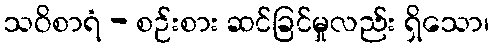
သဝိစာရံ - စဉ်းစား ဆင်ခြင်မှုလည်း ရှိသော၊